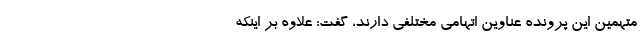
متهمین این پرونده عناوین اتهامی مختلفی دارند، گفت: علاوه بر اینکه